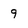
Character: 9